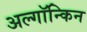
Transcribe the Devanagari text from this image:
अल्गॉन्किन